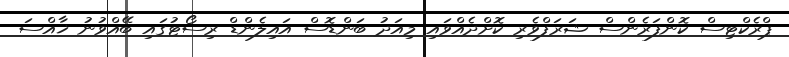
ޕްރެކްޓިސް ކޮންފަރެންސް ޝަރަފްވެރި ކޮށްދެއްވައި މިއަދު ބަންޑޮސް އައިލެންޑް ރިސޯޓުގައި ބޭއްވުނު ޚާއްސަ